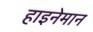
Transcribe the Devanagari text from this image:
हाइनेमान